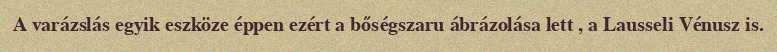
A varázslás egyik eszköze éppen ezért a bőségszaru ábrázolása lett , a Lausseli Vénusz is.